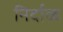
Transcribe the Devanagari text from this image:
निर्दाळ